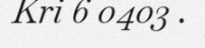
Kri 6 0403 .